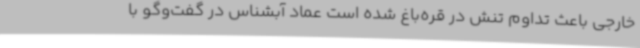
خارجی باعث تداوم تنش در قره‌باغ شده است عماد آبشناس در گفت‌وگو با